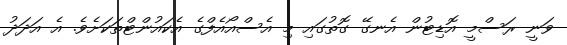
ވަނީ ރަސްމީ އޮޑިޓުން އެނގޭ ގޮތުގައި މި އެސްއޯއެފްގެ އެކައުންޓްތަކަށެވެ. އެ އަދަދު